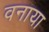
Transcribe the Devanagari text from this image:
वनाया